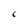
Character: C